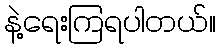
နဲ့ရေးကြရပါတယ်။